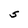
Character: S